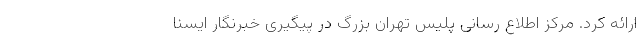
ارائه کرد. مرکز اطلاع رسانی پلیس تهران بزرگ در پیگیری خبرنگار ایسنا